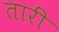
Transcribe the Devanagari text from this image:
तारीं